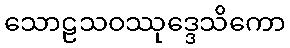
သောဠသဝဿုဒ္ဒေသိကော